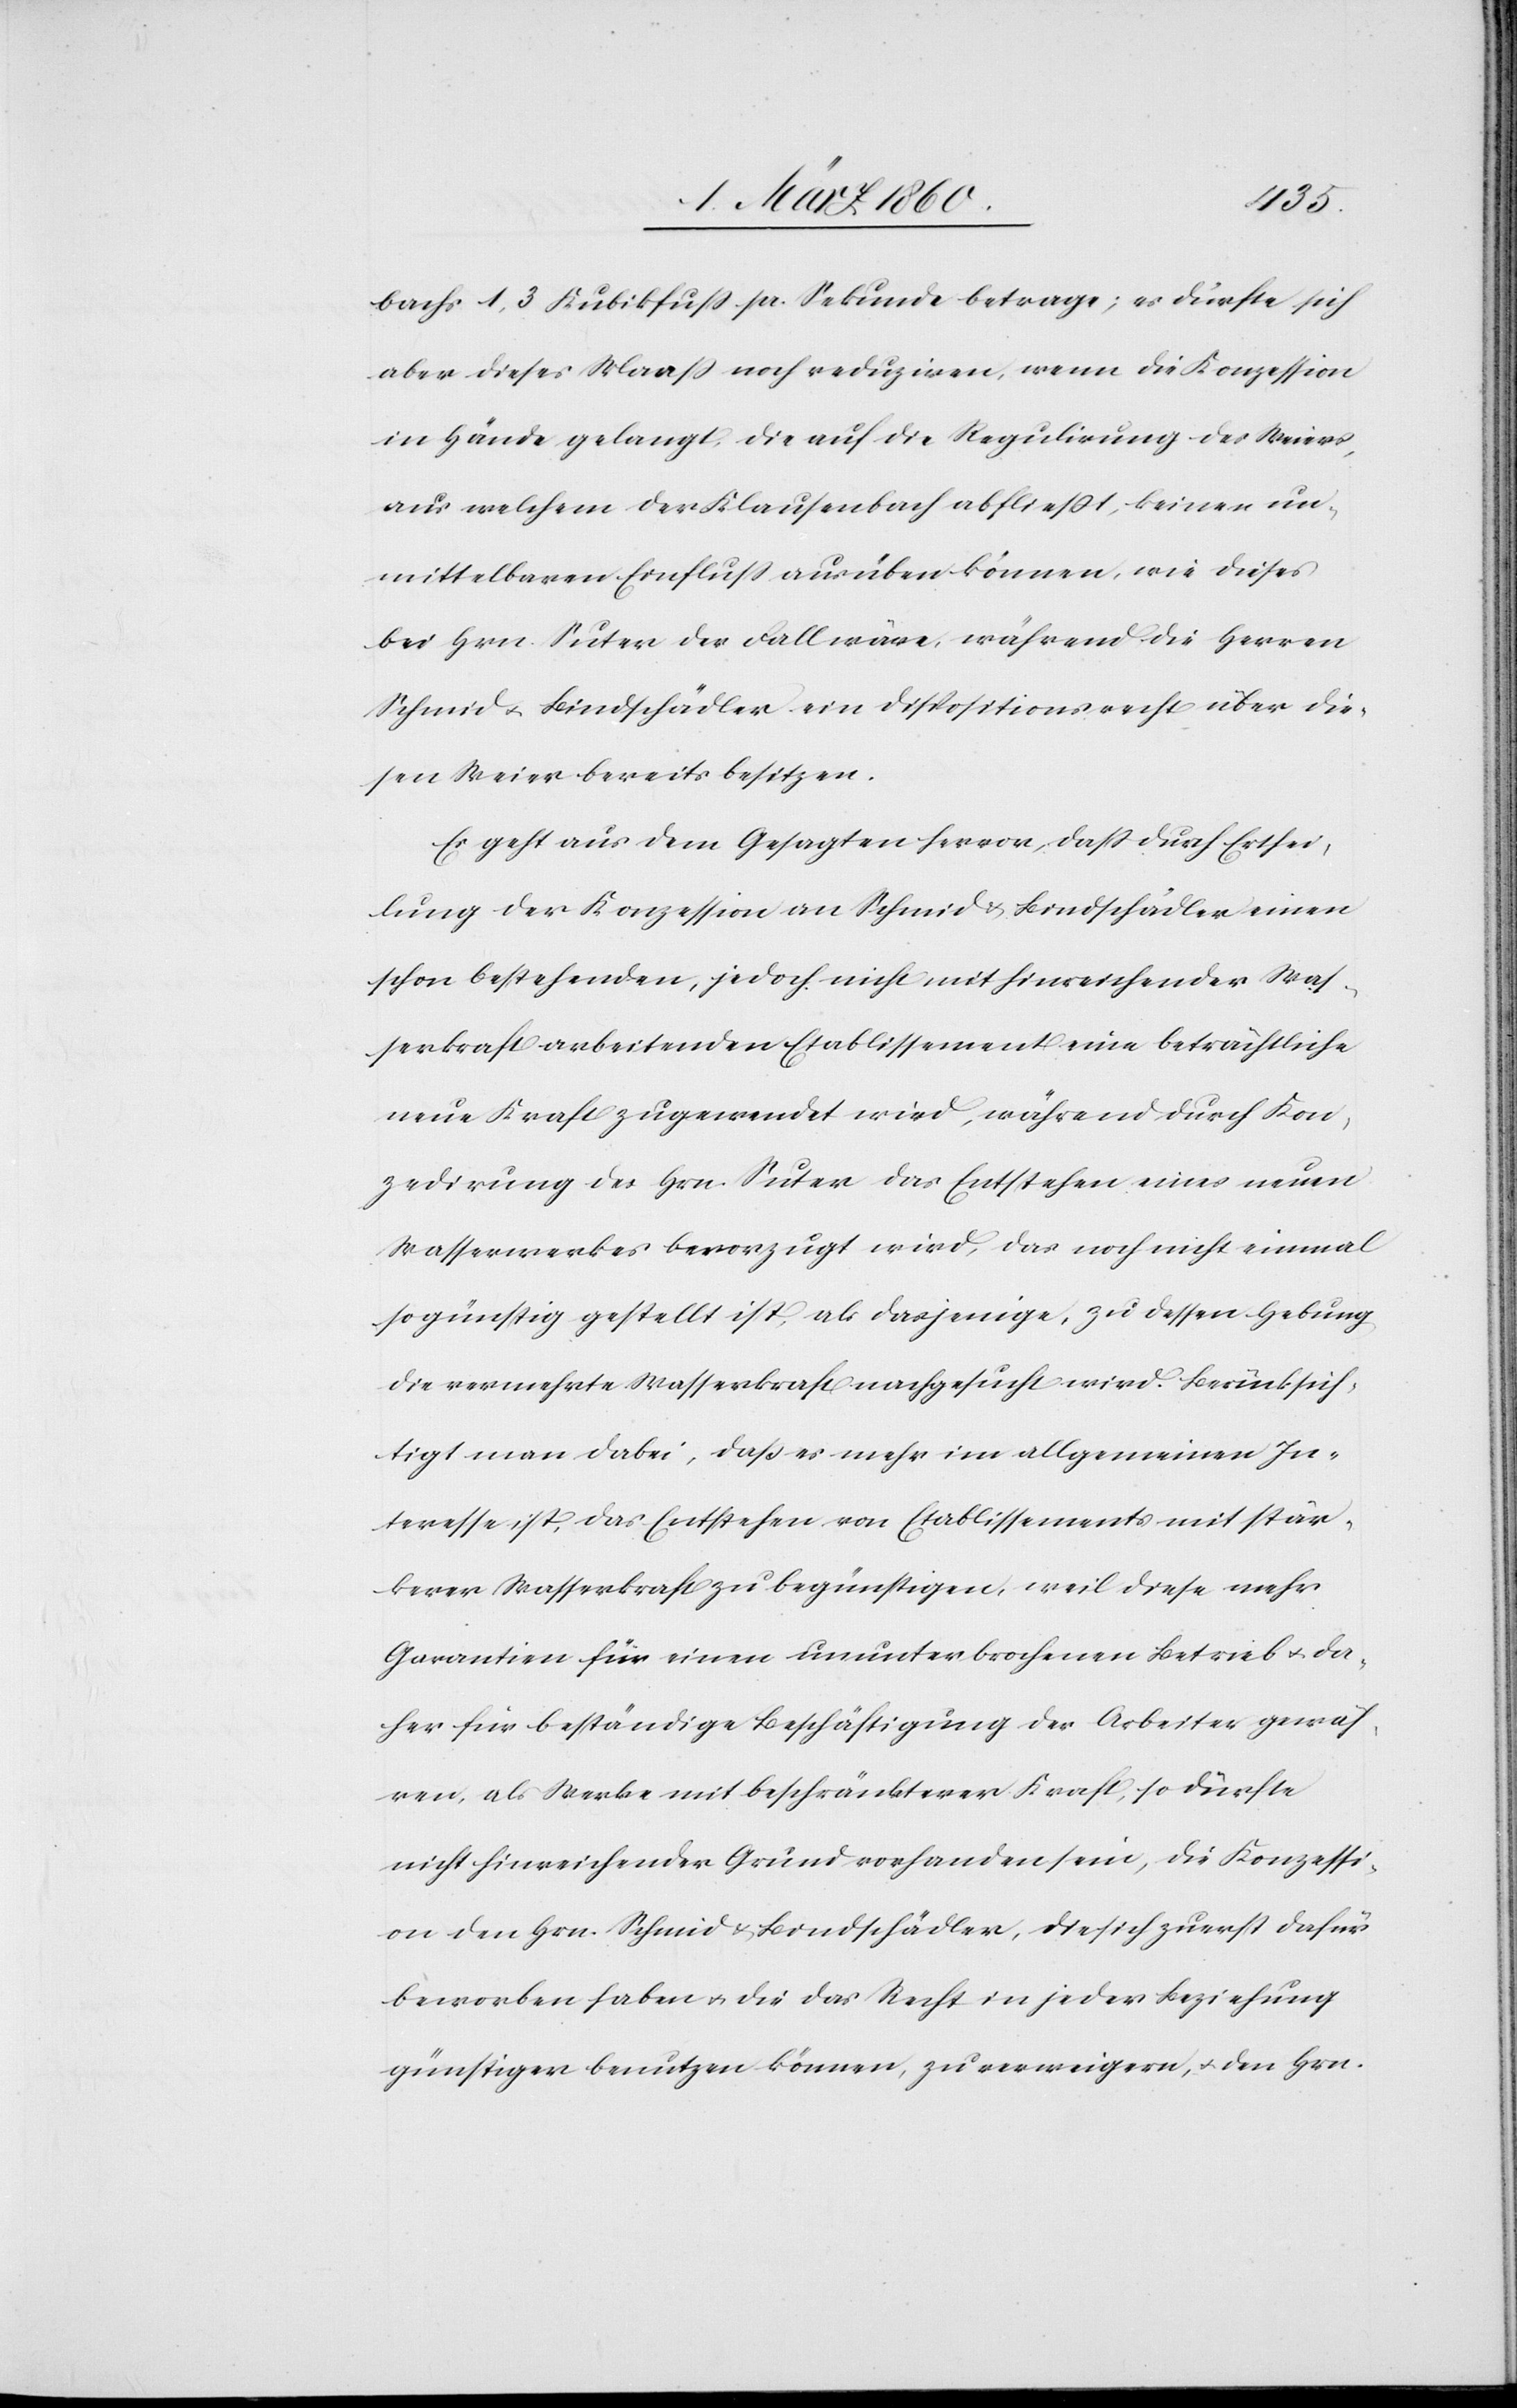
bachs 1,3 Kubikfuss pr. Sekunde betrage; es dürfte sich
aber dieses Mass noch reduziren, wenn die Konzession
in Hände gelangt, die auf die Regulirung des Weiers,
aus welchem der Klausenbach abfließt, keinen un¬
mittelbaren Einfluß ausüben können, wie dieses
bei Hrn. Suter der Fall wäre, während die Herren
Schmid u. Bindschädler ein Dispositionsrecht über die¬
sen Weier bereits besitzen.
Es geht aus dem Gesagten hervor, dass durch Erthei¬
lung der Konzession an Schmid u. Bindschädler einen
schon bestehenden, jedoch nicht mit hinreichender Was¬
serkraft arbeitenden Etablissement eine beträchtliche
neue Kraft zugewendet wird, während durch Kon¬
zedirung des Hrn. Suter das Entstehen eines neuen
Wasserwerkes bevorzugt wird, das noch nicht einmal
so günstig gestellt ist, als dasjenige, zu dessen Hebung
die vermehrte Wasserkraft nachgesucht wird. Berücksich¬
tigt man dabei, dass es mehr im allgemeinen In¬
teresse ist, das Entstehen von Etablissements mit stär¬
kerer Wasserkraft zu begünstigen, weil diese mehr
Garantien für einen ununterbrochenen Betrieb u. da¬
her für beständige Beschäftigung der Arbeiter gewäh¬
ren, als Werke mit beschränkterer Kraft, so dürfte
nicht hinreichender Grund vorhanden sein, die Konzessi¬
on den Hrn. Schmid u. Bindschädler, die sich zuerst dafür
beworben haben u. die das Recht in jeder Beziehung
günstiger benutzen können, zu verweigern, u. den Hrn.